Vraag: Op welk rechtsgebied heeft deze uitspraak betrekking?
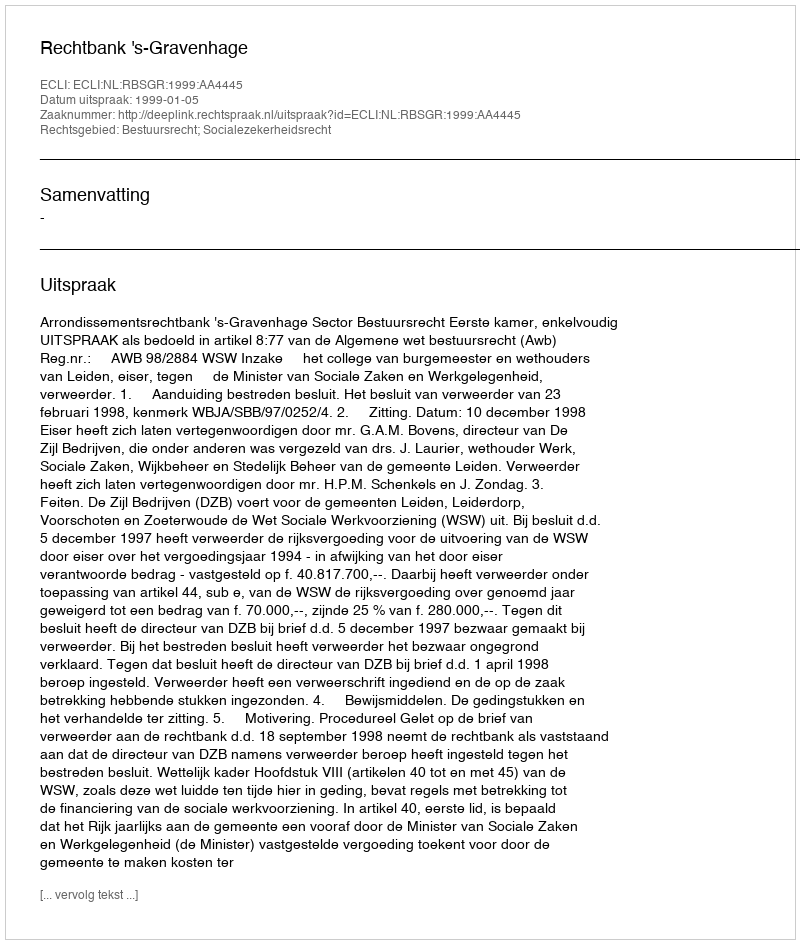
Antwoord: Bestuursrecht; Socialezekerheidsrecht